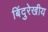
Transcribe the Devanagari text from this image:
बिंदुरेखीय